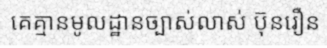
គេគ្មានមូលដ្ឋានច្បាស់លាស់ ប៊ុនរឿន